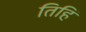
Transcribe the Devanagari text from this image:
तिहिं